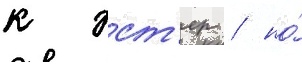
к эст'ер / но́